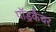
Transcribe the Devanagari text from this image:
पॉडकैचर